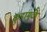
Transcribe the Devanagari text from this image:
कुंडांमुळे